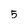
Character: 5